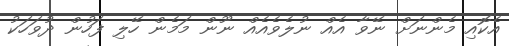
އެކޮއި މެންނަށް ނޭވާ އެއް ނުލެވެއެއް ނޫން މަމެން ހޭލި ފަހުން ދުވަހަކު